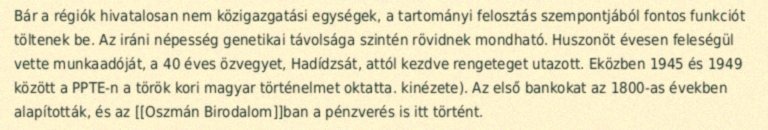
Bár a régiók hivatalosan nem közigazgatási egységek, a tartományi felosztás szempontjából fontos funkciót töltenek be. Az iráni népesség genetikai távolsága szintén rövidnek mondható. Huszonöt évesen feleségül vette munkaadóját, a 40 éves özvegyet, Hadídzsát, attól kezdve rengeteget utazott. Eközben 1945 és 1949 között a PPTE-n a török kori magyar történelmet oktatta. kinézete). Az első bankokat az 1800-as években alapították, és az [[Oszmán Birodalom]]ban a pénzverés is itt történt.